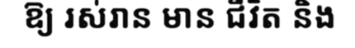
ឱ្យ រស់រាន មាន ជីវិត និង